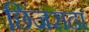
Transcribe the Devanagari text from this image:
छिंजराढा